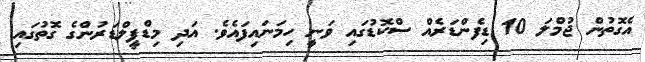
އެގޮތުން ޖުމްލަ 10 ޑިފެންޑަރެއް ސްކޮޑުގައި ވަނީ ހިމަނައިފައެވެ. އަދި މިޑްފީލްޑަރުންގެ ގޮތުގައި